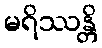
မရိဿန္တိ